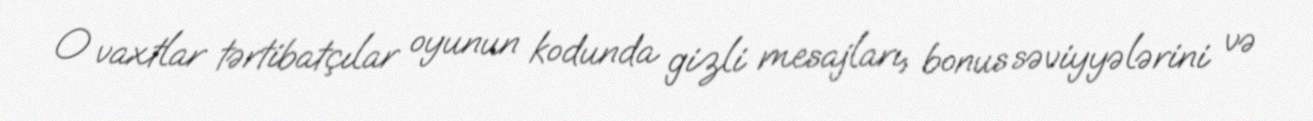
O vaxtlar tərtibatçılar oyunun kodunda gizli mesajları, bonus səviyyələrini və